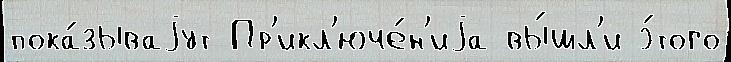
пока́зываjут Пр'икл'юче́н'иjа вы́шл'и э́того